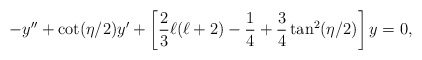
\begin{align*}-y''+\cot(\eta/2)y' +\left[\frac{2}{3}\ell(\ell+2)-\frac{1}{4}+\frac{3}{4}\tan^2(\eta/2)\right]y=0 ,\end{align*}